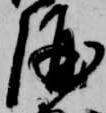
酒